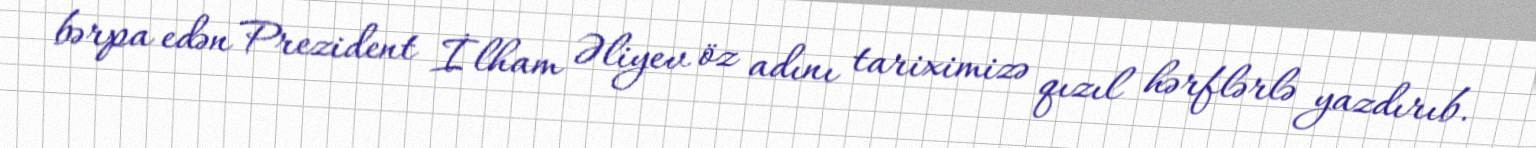
bərpa edən Prezident İlham Əliyev öz adını tariximizə qızıl hərflərlə yazdırıb.